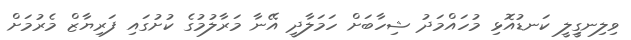
ވިލިނގީިލީ ކަނޑުއޮޅި މުހައްމަދު ޝިހާބަށް ހަމަލާދީ އޭނާ މަރާލުމުގެ ކުށުގައި ފަރިޔާޒް މެރުމަށް